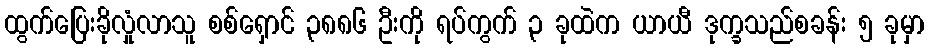
ထွက်ပြေးခိုလှုံလာသူ စစ်ရှောင် ၃၈၈၆ ဦးကို ရပ်ကွက် ၃ ခုထဲက ယာယီ ဒုက္ခသည်စခန်း ၅ ခုမှာ